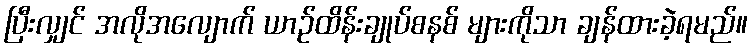
ပြီးလျှင် အလိုအလျောက် ယာဉ်ထိန်းချုပ်စနစ် များကိုသာ ချန်ထားခဲ့ရမည်။